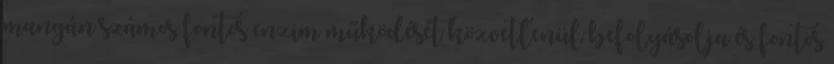
mangán számos fontos enzim működését közvetlenül befolyásolja és fontos